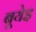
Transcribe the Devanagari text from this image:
बूयेइ